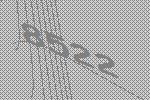
8522